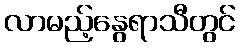
လာမည့်နွေရာသီတွင်